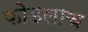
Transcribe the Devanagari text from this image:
फोडलाच